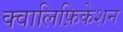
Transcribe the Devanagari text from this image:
क्वालिफ़िकेशन